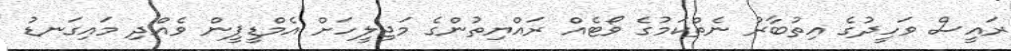
ރައީސް ވަހީދުގެ އިތުބާރު ނެތްކަމުގެ ވޯޓެއް ރައްޔިތުންގެ މަޖިލީހަށް އެމްޑީޕީން ވެއްދި މައިގަނޑު